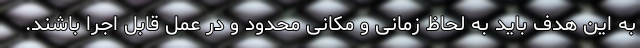
به این هدف باید به لحاظ زمانی و مکانی محدود و در عمل قابل اجرا باشند.